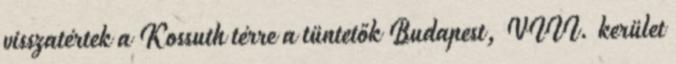
visszatértek a Kossuth térre a tüntetők Budapest, VIII. kerület